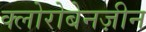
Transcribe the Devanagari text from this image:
क्लोरोबेनज़ीन